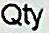
QTY